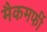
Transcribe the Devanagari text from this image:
मैकमर्फी